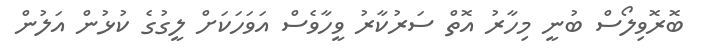
ބޮރޮވިލޯސް ބުނީ މިހާރު އޮތް ސަރުކާރު ވީހާވެސް އަވަހަކަށް ލީގުގެ ކުޅުން އަލުން